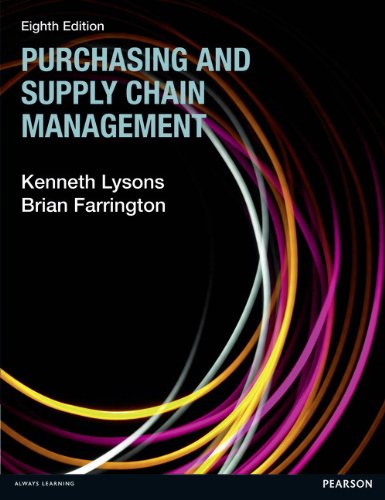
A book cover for Purchasing and Supply Chain Management; Kenneth Lysons; Business & Money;